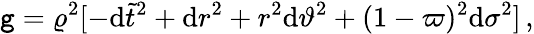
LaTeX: \mathtt{g}=\varrho^{2}[-\mathrm{{d}}{\tilde{{t}}}^{2}+\mathrm{{d}}r^{2}+r^{2}\mathrm{{d}}\vartheta^{2}+(1-\varpi)^{2}\mathrm{{d}}\sigma^{2}]\, ,